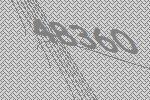
48360